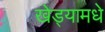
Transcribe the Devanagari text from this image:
खेड्यामधे